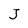
Character: J